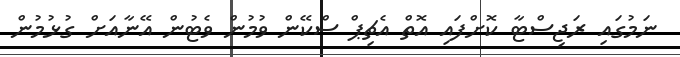
ނަމުގައި ރަޖިސްޓާ ކޮށްފައި އޮތް އެޗިޕް ސްކޭން ވުމުން ވެޓުން އޭނާއަށް ގުޅުމުން